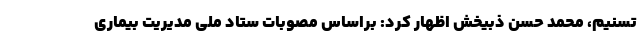
تسنیم، محمد حسن ذبیخش اظهار کرد: براساس مصوبات ستاد ملی مدیریت بیماری